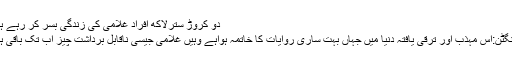
دو کروڑ سترلاکھ افراد غلامی کی زندگی بسر کر رہے ہیں :
واشنگٹن:اس مہذب اور ترقی یافتہ دنیا میں جہاں بہت ساری روایات کا خاتمہ ہواہے وہیں غلامی جیسی ناقابل برداشت چیز اب تک باقی ہے ۔